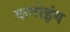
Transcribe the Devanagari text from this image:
कनोइंग